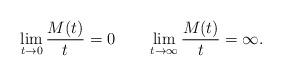
LaTeX: \begin{align*}\lim_{t\to0}\frac{M(t)}{t}=0\quad\quad\lim_{t\to\infty}\frac{M(t)}{t}=\infty.\end{align*}